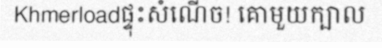
Khmerloadផ្ទុះសំណើច! គោមួយក្បាល